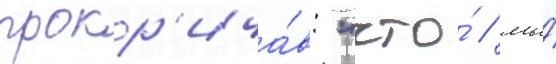
прокр'ича́в: "что́ / мы́